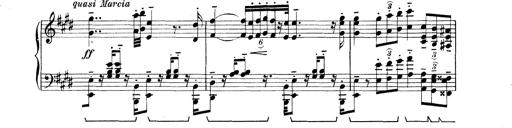
Title: Rapsodie: 19 ungheresi, 1 spagnuola
Composer: Franz Liszt